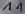
Text: 11